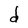
Character: d